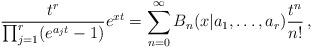
LaTeX: \begin{align*}\frac{t^r}{\prod_{j=1}^r(e^{a_j t}-1)}e^{x t}=\sum_{n=0}^\infty B_n(x|a_1,\dots,a_r)\frac{t^n}{n!}\,,\end{align*}